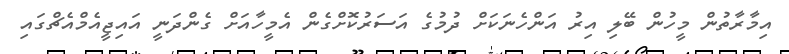
އިމާރާތުން މީހުން ބޭލި އިރު އަންހެނަކަށް ދުމުގެ އަސަރުކޮށްގެން އެމީހާއަށް ގެންދަނީ އައިޖީއެމްއެޗްގައި